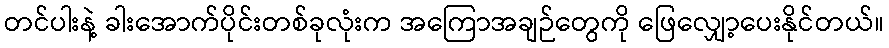
တင်ပါးနဲ့ ခါးအောက်ပိုင်းတစ်ခုလုံးက အကြောအချဉ်တွေကို ဖြေလျှော့ပေးနိုင်တယ်။